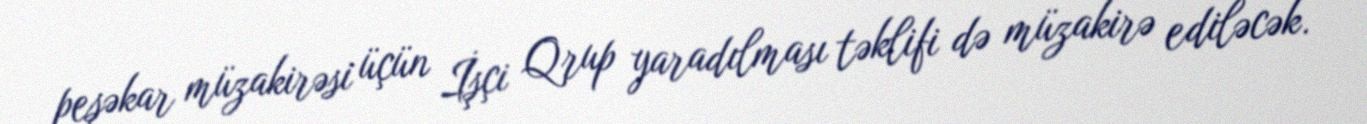
peşəkar müzakirəsi üçün İşçi Qrup yaradılması təklifi də müzakirə ediləcək.